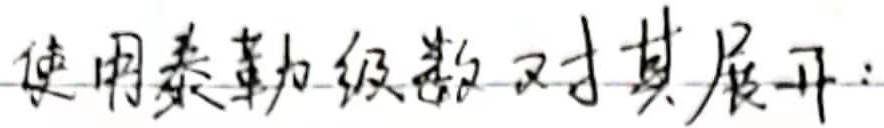
使用泰勒级数对其展开：